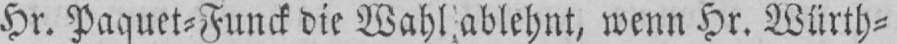
Hr. Paquet⸗Funck die Wahl ablehnt, wenn Hr. Würth⸗